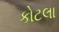
કોટલા